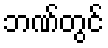
ဘဏ်တွင်